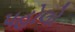
પહોલો